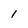
Character: 1